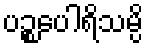
ပဉ္စပေါရိသမ္ပိ